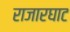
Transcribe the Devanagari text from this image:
राजारघाट